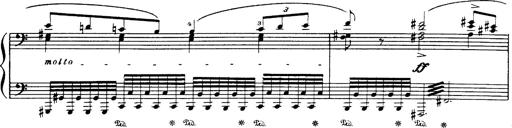
Title: Danza sacra e duetto finale dâ€™Aida
Composer: Franz Liszt